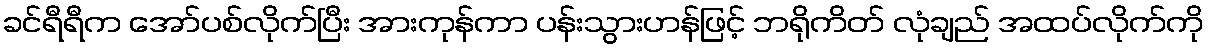
ခင်ရီရီက အော်ပစ်လိုက်ပြီး အားကုန်ကာ ပန်းသွားဟန်ဖြင့် ဘရိုကိတ် လုံချည် အထပ်လိုက်ကို